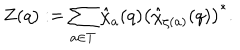
Z ( q ) : = \sum _ { a \in T } \hat { \chi } _ { a } ( q ) \left( \hat { \chi } _ { \zeta ( a ) } ( q ) \right) ^ { * } .